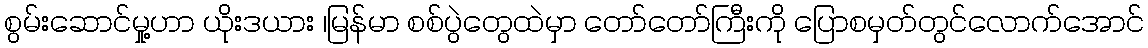
စွမ်းဆောင်မှု့ဟာ ယိုးဒယား ၊မြန်မာ စစ်ပွဲတွေထဲမှာ တော်တော်ကြီးကို ပြောစမှတ်တွင်လောက်အောင်